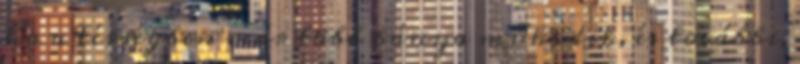
ha a térségben már több bánya működik, és további,